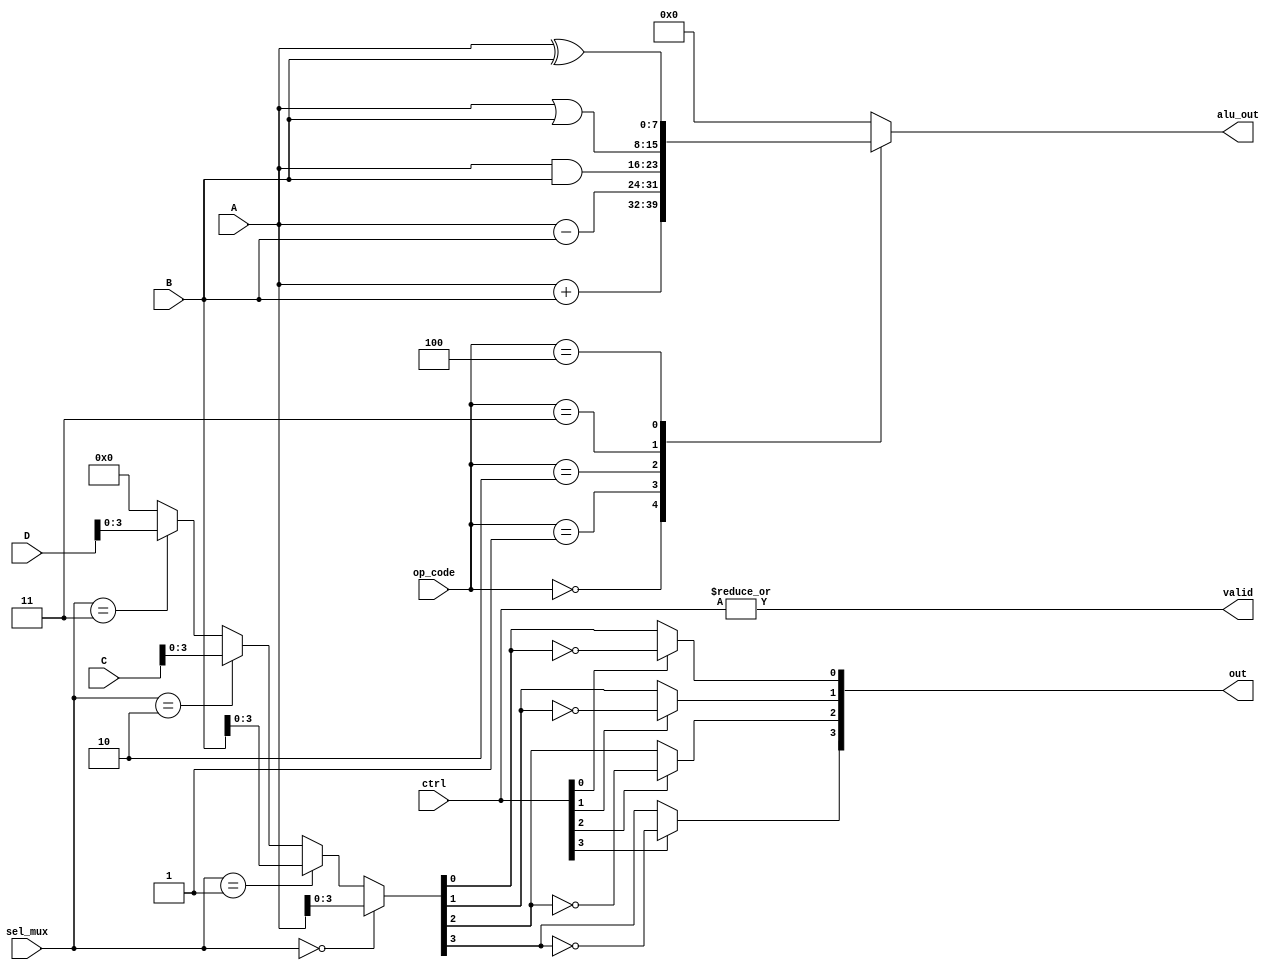
module CombinationalLogicBlocks #(
    parameter DATA_WIDTH = 8,
    parameter NUM_INPUTS = 4
)(
    input wire [DATA_WIDTH-1:0] A,
    input wire [DATA_WIDTH-1:0] B,
    input wire [DATA_WIDTH-1:0] C,
    input wire [DATA_WIDTH-1:0] D,
    input wire [1:0] sel_mux,             // Mux selection
    input wire [2:0] op_code,             // Operation Code for ALU
    input wire [NUM_INPUTS-1:0] ctrl,     // Control signals for logic gates
    output wire [DATA_WIDTH-1:0] out,     // Output data
    output wire [DATA_WIDTH-1:0] alu_out,  // ALU Output
    output wire valid                      // Valid output signal
);

// Multiplexer
wire [DATA_WIDTH-1:0] mux_out;
assign mux_out = (sel_mux == 2'b00) ? A :
                 (sel_mux == 2'b01) ? B :
                 (sel_mux == 2'b10) ? C :
                 (sel_mux == 2'b11) ? D : {DATA_WIDTH{1'b0}};

// Arithmetic Logic Unit (ALU)
reg [DATA_WIDTH-1:0] alu_result;
always @* begin
    case (op_code)
        3'b000: alu_result = A + B;        // Addition
        3'b001: alu_result = A - B;        // Subtraction
        3'b010: alu_result = A & B;        // AND
        3'b011: alu_result = A | B;        // OR
        3'b100: alu_result = A ^ B;        // XOR
        default: alu_result = {DATA_WIDTH{1'b0}};
    endcase
end

assign alu_out = alu_result;

// Logic Units
wire [DATA_WIDTH-1:0] logic_out;
genvar i;
generate
    for (i = 0; i < NUM_INPUTS; i = i + 1) begin: logic_units
        assign logic_out[i] = (ctrl[i]) ? ~mux_out[i] : mux_out[i]; // NOT gate controlled by ctrl
    end
endgenerate

// Final output
assign out = logic_out;
assign valid = |ctrl; // Output valid if any control signal is active

endmodule